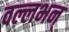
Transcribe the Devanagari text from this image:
वल्लभन्